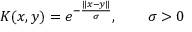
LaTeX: K ( x , y ) = e ^ { - { \frac { \| x - y \| } { \sigma } } } , \qquad \sigma > 0